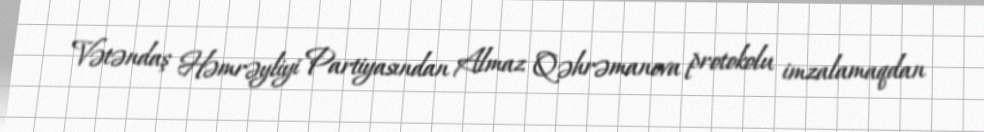
Vətəndaş Həmrəyliyi Partiyasından Almaz Qəhrəmanova protokolu imzalamaqdan